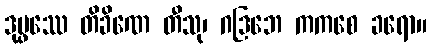
ဒုပ္ဖဿေ တိခိဏေ တီသု၊ ဂဒြဘေ ကကစေ ခရော။